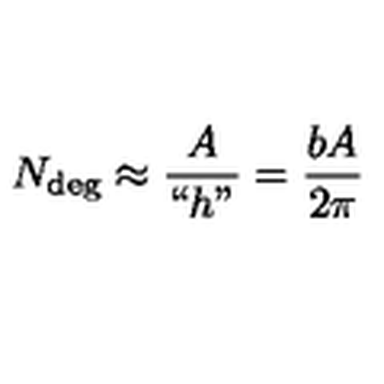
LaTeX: N _ { \mathrm { d e g } } \approx \frac { A } { ` ` h " } = \frac { b A } { 2 \pi }